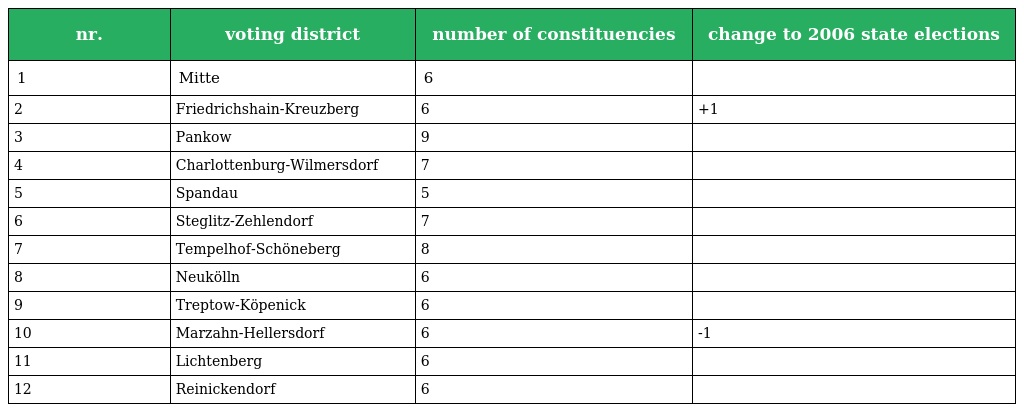
| nr. | voting district | number of constituencies | change to 2006 state elections |
 | --- | --- | --- | --- |
 | 1 | Mitte | 6 |  |
 | 2 | Friedrichshain-Kreuzberg | 6 | +1 |
 | 3 | Pankow | 9 |  |
 | 4 | Charlottenburg-Wilmersdorf | 7 |  |
 | 5 | Spandau | 5 |  |
 | 6 | Steglitz-Zehlendorf | 7 |  |
 | 7 | Tempelhof-Schöneberg | 8 |  |
 | 8 | Neukölln | 6 |  |
 | 9 | Treptow-Köpenick | 6 |  |
 | 10 | Marzahn-Hellersdorf | 6 | -1 |
 | 11 | Lichtenberg | 6 |  |
 | 12 | Reinickendorf | 6 |  |